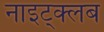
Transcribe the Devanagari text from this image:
नाइट्क्लब